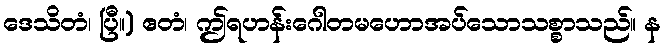
ဒေသိတံ၊ ပြီ။) ဧတံ၊ ဤရဟန်းဂေါတမဟောအပ်သောသစ္စာသည်။ န